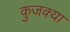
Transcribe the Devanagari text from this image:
कुजक्या